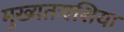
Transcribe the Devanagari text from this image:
मुख्यतःएशिया